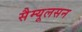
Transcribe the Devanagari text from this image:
सैम्यूलसन